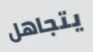
يتجاهل